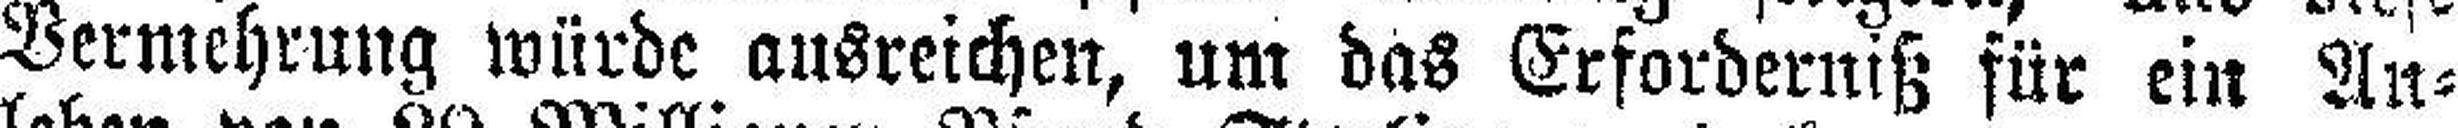
Vermehrung würde ausreichen, um das Erforderniß für ein An¬